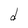
Character: d